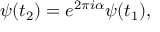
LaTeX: \psi ( t _ { 2 } ) = e ^ { 2 \pi i \alpha } \psi ( t _ { 1 } ) ,